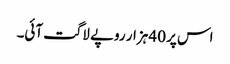
اس پر 40 ہزار روپے لاگت آئی۔